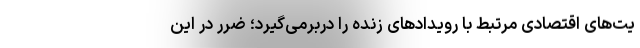
یت‌های اقتصادی مرتبط با رویدادهای زنده را دربرمی‌گیرد؛ ضرر در این